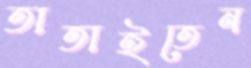
তাতাইতেন